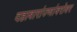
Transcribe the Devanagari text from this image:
दहाबारांज्णांबरोबर